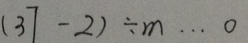
( 3 7 - 2 ) \div m \cdots 0